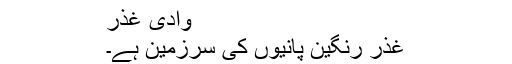
وادی غذر
غذر رنگین پانیوں کی سرزمین ہے۔